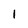
Character: 1